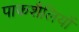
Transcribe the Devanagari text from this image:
पाकशैलियों